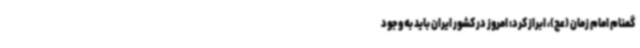
گمنام امام زمان (عج)، ابراز کرد: امروز در کشور ایران باید به وجود